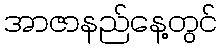
အာဇာနည်နေ့တွင်